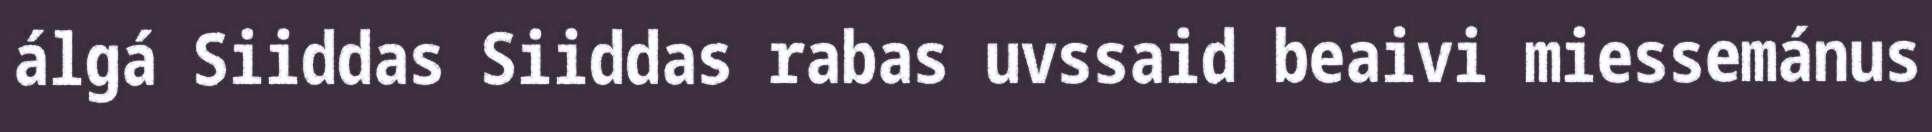
álgá Siiddas Siiddas rabas uvssaid beaivi miessemánus